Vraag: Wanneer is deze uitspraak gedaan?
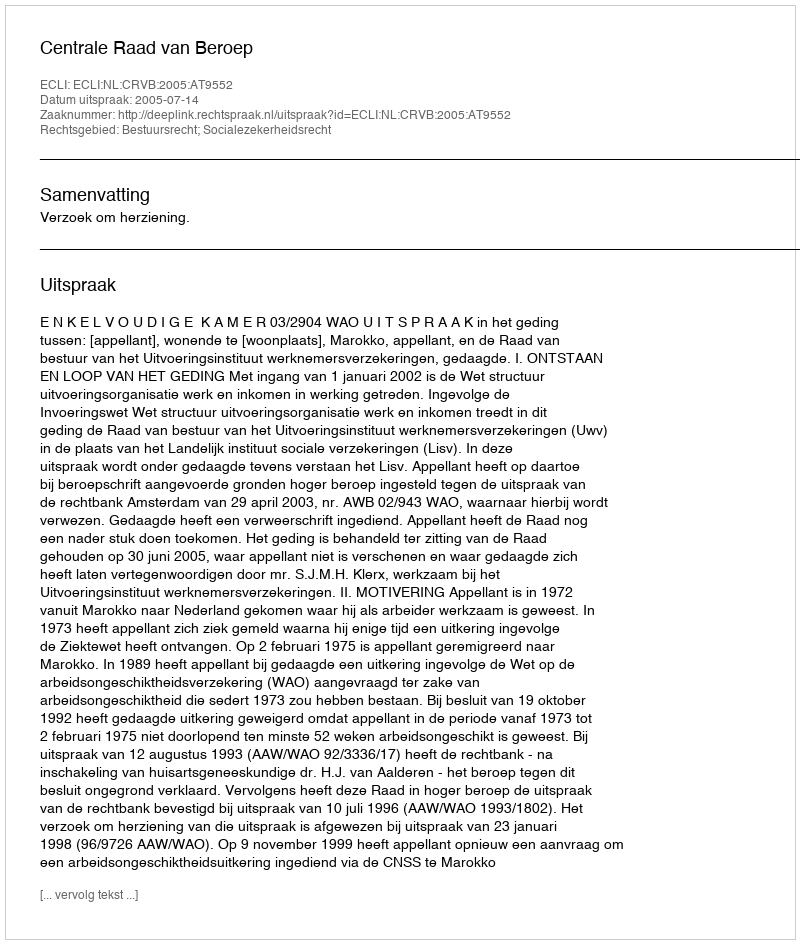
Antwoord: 2005-07-14